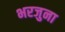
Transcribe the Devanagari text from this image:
भरजुना